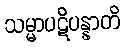
သမ္မာပဋိပန္နာတိ